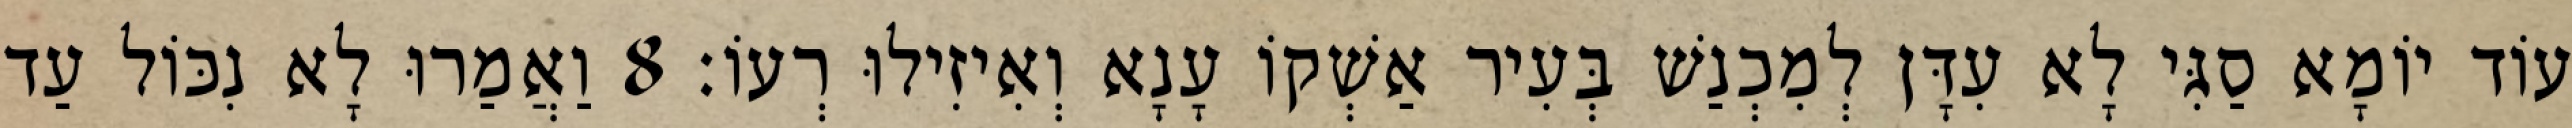
עוֹד יוֹמָא סַגִּי לָא עִדָּן לְמִכְנַשׁ בְּעִיר אַשְׁקוֹ עָנָא וְאִיזִילוּ רְעוֹ׃ 8 וַאֲמַרוּ לָא נִכּוֹל עַד